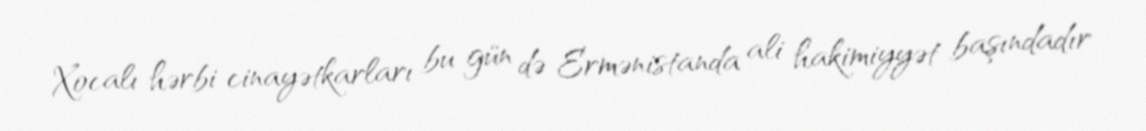
Xocalı hərbi cinayətkarları bu gün də Ermənistanda ali hakimiyyət başındadır